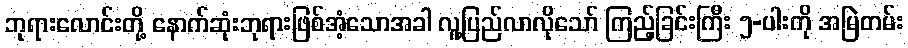
ဘုရားလောင်းတို့ နောက်ဆုံးဘုရားဖြစ်အံ့သောအခါ လူ့ပြည်လာလိုသော် ကြည့်ခြင်းကြီး ၅-ပါးကို အမြဲတမ်း